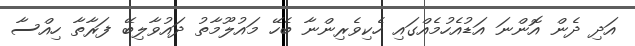
އަދި ދެން އޮންނަ އަޑުއެހުމެއްގައި ހެކިވެރިންނާ ބެހޭ މައުލޫމާތު ދައުވާލިބޭ ފަރާތާ ހިއްސާ